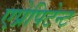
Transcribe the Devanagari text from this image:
एप्रेपिटेन्ट